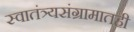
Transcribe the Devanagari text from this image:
स्वातंत्र्यसंग्रामातही